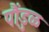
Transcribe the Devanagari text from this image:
पौंडुळ